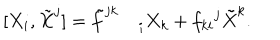
LaTeX: [ X _ { i } , \tilde { X } ^ { j } ] = { \tilde { f } ^ { j k } } _ { \: i } X _ { k } + { f _ { k i } } ^ { j } \tilde { X } ^ { k } .